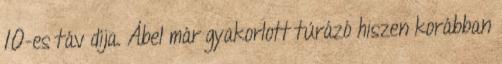
10-es táv díja. Ábel már gyakorlott túrázó hiszen korábban